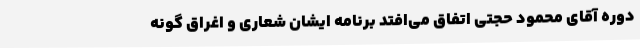
دوره آقای محمود حجتی اتفاق می‌افتد برنامه ایشان شعاری و اغراق گونه